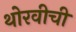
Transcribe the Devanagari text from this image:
थोरवीची